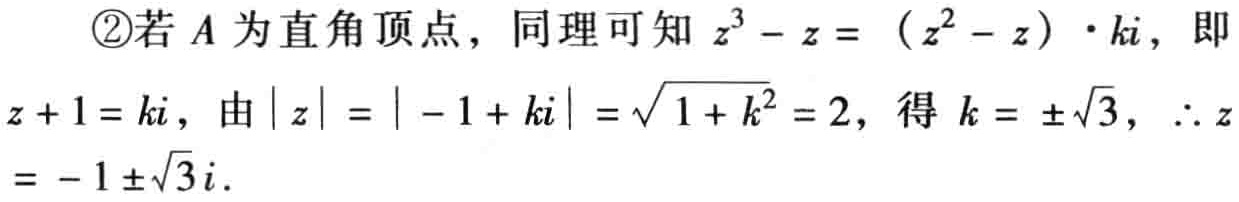
\textcircled{2}若\(A\)为直角顶点，同理可知\(z^{3}-z = (z^{2}-z)\cdot ki\)，即\(z + 1 = ki\)，由\(\vert z\vert=\vert -1 + ki\vert=\sqrt{1 + k^{2}} = 2\)，得\(k = \pm\sqrt{3}\)，\(\therefore z=-1\pm\sqrt{3}i\)．